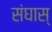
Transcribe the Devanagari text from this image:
संघास्